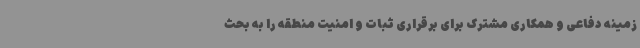
زمینه دفاعی و همکاری مشترک برای برقراری ثبات و امنیت منطقه را به بحث